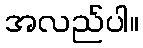
အလည်ပါ။